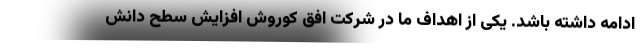
ادامه داشته باشد. یکی از اهداف ما در شرکت افق کوروش افزایش سطح دانش